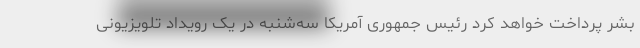
بشر پرداخت خواهد کرد رئیس جمهوری آمریکا سه‌شنبه در یک رویداد تلویزیونی